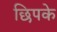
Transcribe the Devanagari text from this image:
छिपके